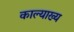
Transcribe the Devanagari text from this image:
काल्याख्य